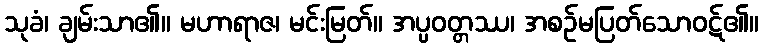
သုခံ၊ ချမ်းသာ၏။ မဟာရာဇ၊ မင်းမြတ်။ အပ္ပဝတ္တဿ၊ အစဉ်မပြတ်သောဝဋ်၏။